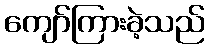
ကျော်ကြားခဲ့သည်